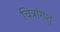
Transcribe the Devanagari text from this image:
चित्रांगशु